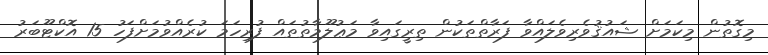
މިގޮތުން މިކަމަށް ޝައުޤުވެރިވެލައްވާ ފަރާތްތަކުން ތިރީގައިވާ މަޢުލޫމާތުތައް ފުރިހަމަ ކުރެއްވުމަށްފަހު 15 އޮކްޓޫބަރު